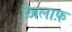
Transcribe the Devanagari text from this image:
ख़ि़लाफ़